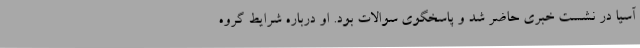
آسیا در نشست خبری حاضر شد و پاسخگوی سوالات بود. او درباره شرایط گروه